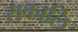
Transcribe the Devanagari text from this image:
सकालि